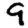
Digit: 9